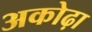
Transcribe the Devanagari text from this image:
अकोढ़ा